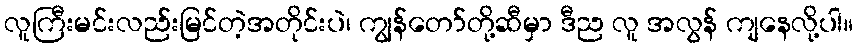
လူကြီးမင်းလည်းမြင်တဲ့အတိုင်းပဲ၊ ကျွန်တော်တို့ဆီမှာ ဒီည လူ အလွန် ကျနေလို့ပါ။